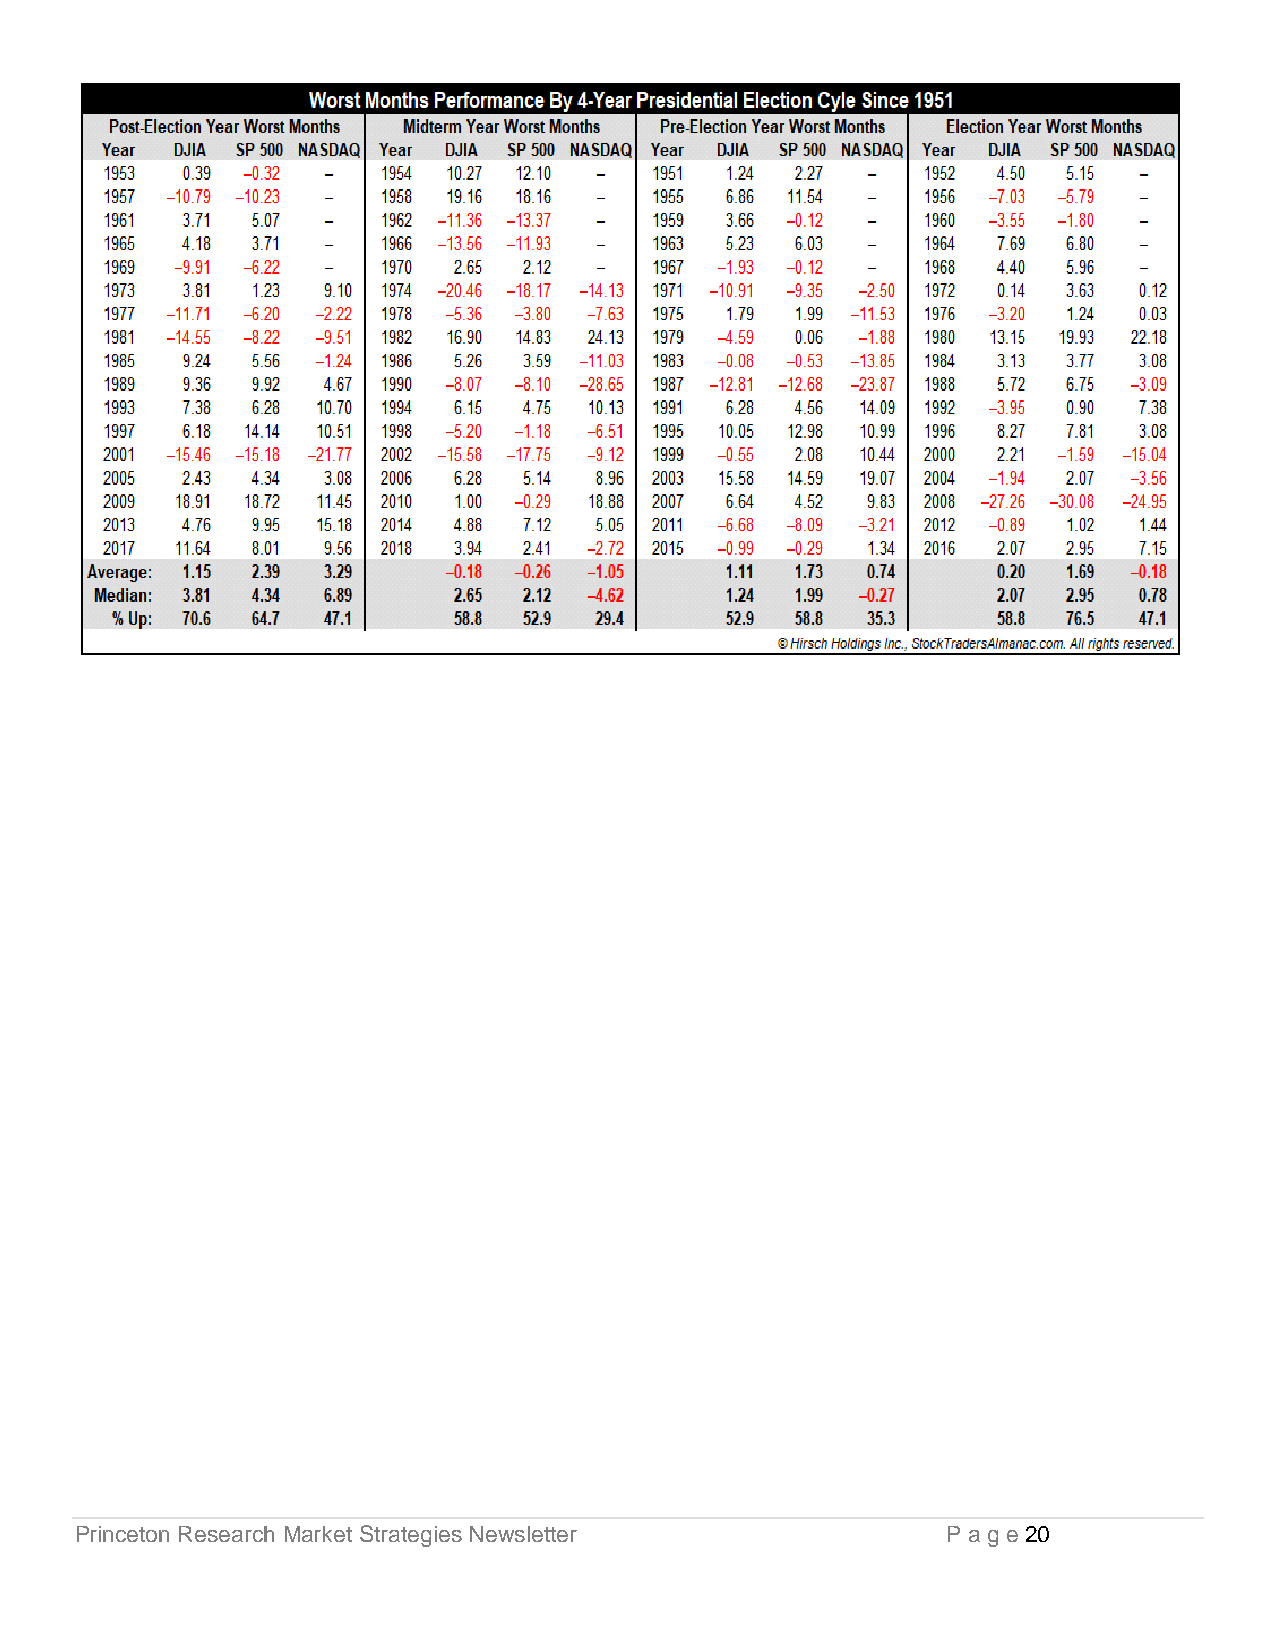
Princeton Research Market Strategies Newsletter           P a g e 20